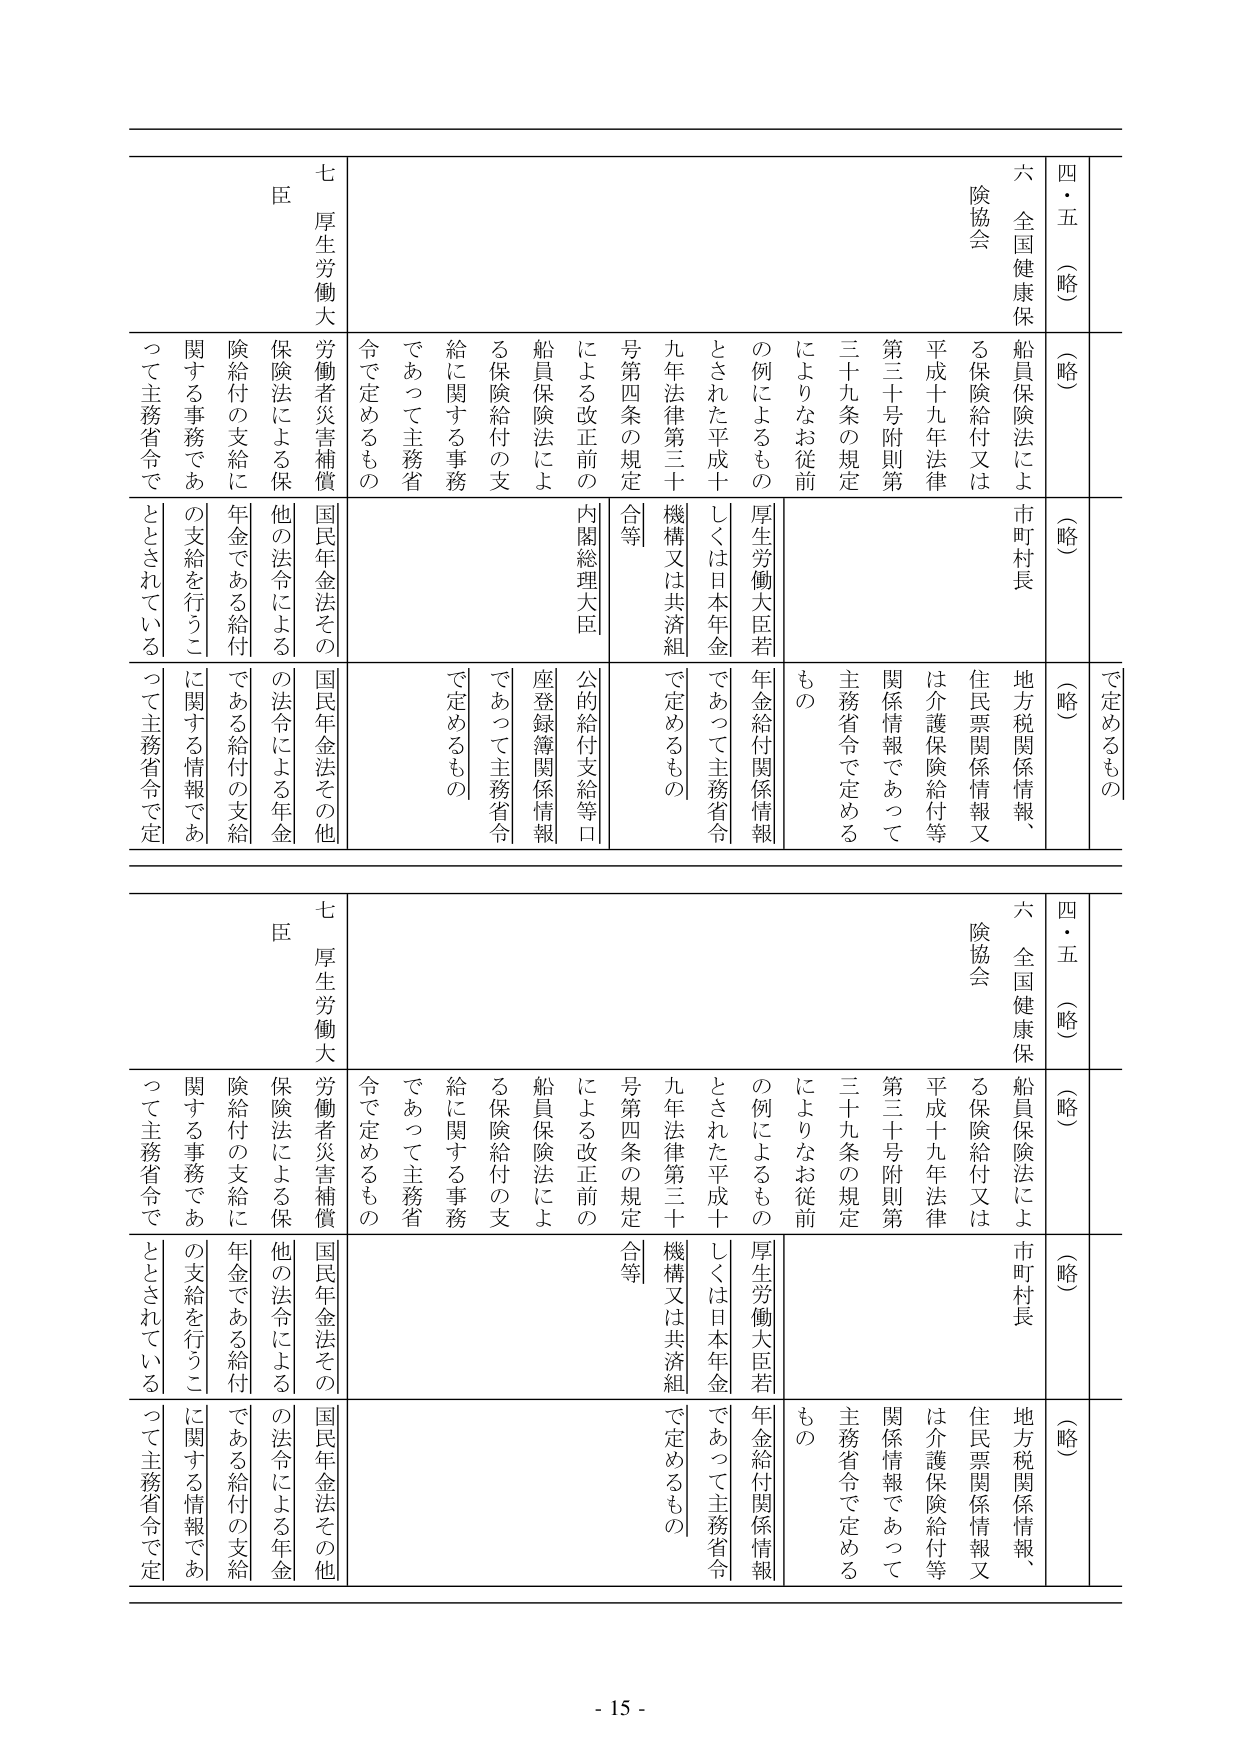
四・五（略）
（略）
（略）
で定めるもの

六 全国健康保険協会
船員保険法による保険給付又は
平成十九年法律第三十号附則第三十九条の規定
によりなお従前の例によるもの
とされた平成十九年法律第三十号第四条の規定
による改正前の
船員保険法による保険給付の支給に関する事務
であって主務省令で定めるもの

市町村長
地方税関係情報、住民票関係情報又は介護保険給付等関係情報であって主務省令で定めるもの

厚生労働大臣若しくは日本年金機構又は共済組合等
年金給付関係情報であって主務省令で定めるもの

内閣総理大臣
公的給付支給等口座登録簿関係情報であって主務省令で定めるもの

七 厚生労働大臣
労働者災害補償保険法による保険給付の支給に関する事務であって主務省令で定めるもの

国民年金法その他の法令による年金である給付の支給を行うことに関する情報であって主務省令で定められているもの

四・五（略）
（略）
（略）

六 全国健康保険協会
船員保険法による保険給付又は
平成十九年法律第三十号附則第三十九条の規定
によりなお従前の例によるもの
とされた平成十九年法律第三十号第四条の規定
による改正前の
船員保険法による保険給付の支給に関する事務
であって主務省令で定めるもの

市町村長
地方税関係情報、住民票関係情報又は介護保険給付等関係情報であって主務省令で定めるもの

厚生労働大臣若しくは日本年金機構又は共済組合等
年金給付関係情報であって主務省令で定めるもの

内閣総理大臣
公的給付支給等口座登録簿関係情報であって主務省令で定めるもの

七 厚生労働大臣
労働者災害補償保険法による保険給付の支給に関する事務であって主務省令で定めるもの

国民年金法その他の法令による年金である給付の支給を行うことに関する情報であって主務省令で定められているもの

- 15 -